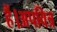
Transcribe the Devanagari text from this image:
हैं।अपवित्र